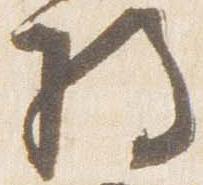
将